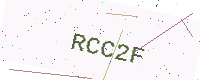
Text: RCC2F